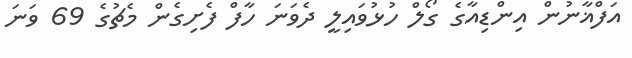
އަފްޣާނުން އިންޑިއާގެ ގޯލް ހުޅުވައިލީ ދެވަނަ ހާފް ފެށިގެން މެޗުގެ 69 ވަނަ